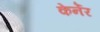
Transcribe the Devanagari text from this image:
केर्नेर